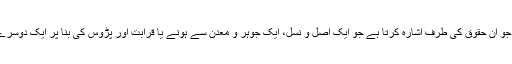
پہلی کو ’الّ‘ سے تعبیر فرمایا ہے جو ان حقوق کی طرف اشارہ کرتا ہے جو ایک اصل و نسل، ایک جوہر و معدن سے ہونے یا قرابت اور پڑوس کی بنا پر ایک دوسرے پر آپ سے آپ قائم ہو جاتے ہیں۔